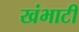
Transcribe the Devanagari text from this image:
खंभाटी